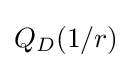
{\textstyle Q_{D}(1/r)}